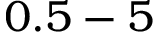
0 . 5 - 5